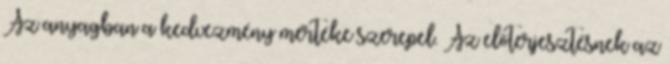
Az anyagban a kedvezmény mértéke szerepel. Az előterjesztésnek az